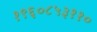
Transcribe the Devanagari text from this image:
१९६०८५३११०